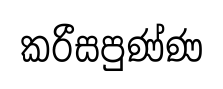
කරීසපුණ්ණ